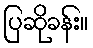
ပြဆိုခန်း။